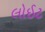
લોઈટ